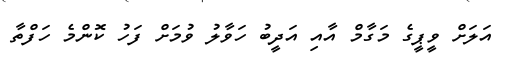
އަލަށް ވީޕީގެ މަގާމް އާއި އަދީބު ހަވާލު ވުމަށް ފަހު ކޮންމެ ހަފްތާ